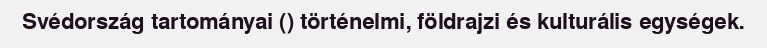
Svédország tartományai () történelmi, földrajzi és kulturális egységek.